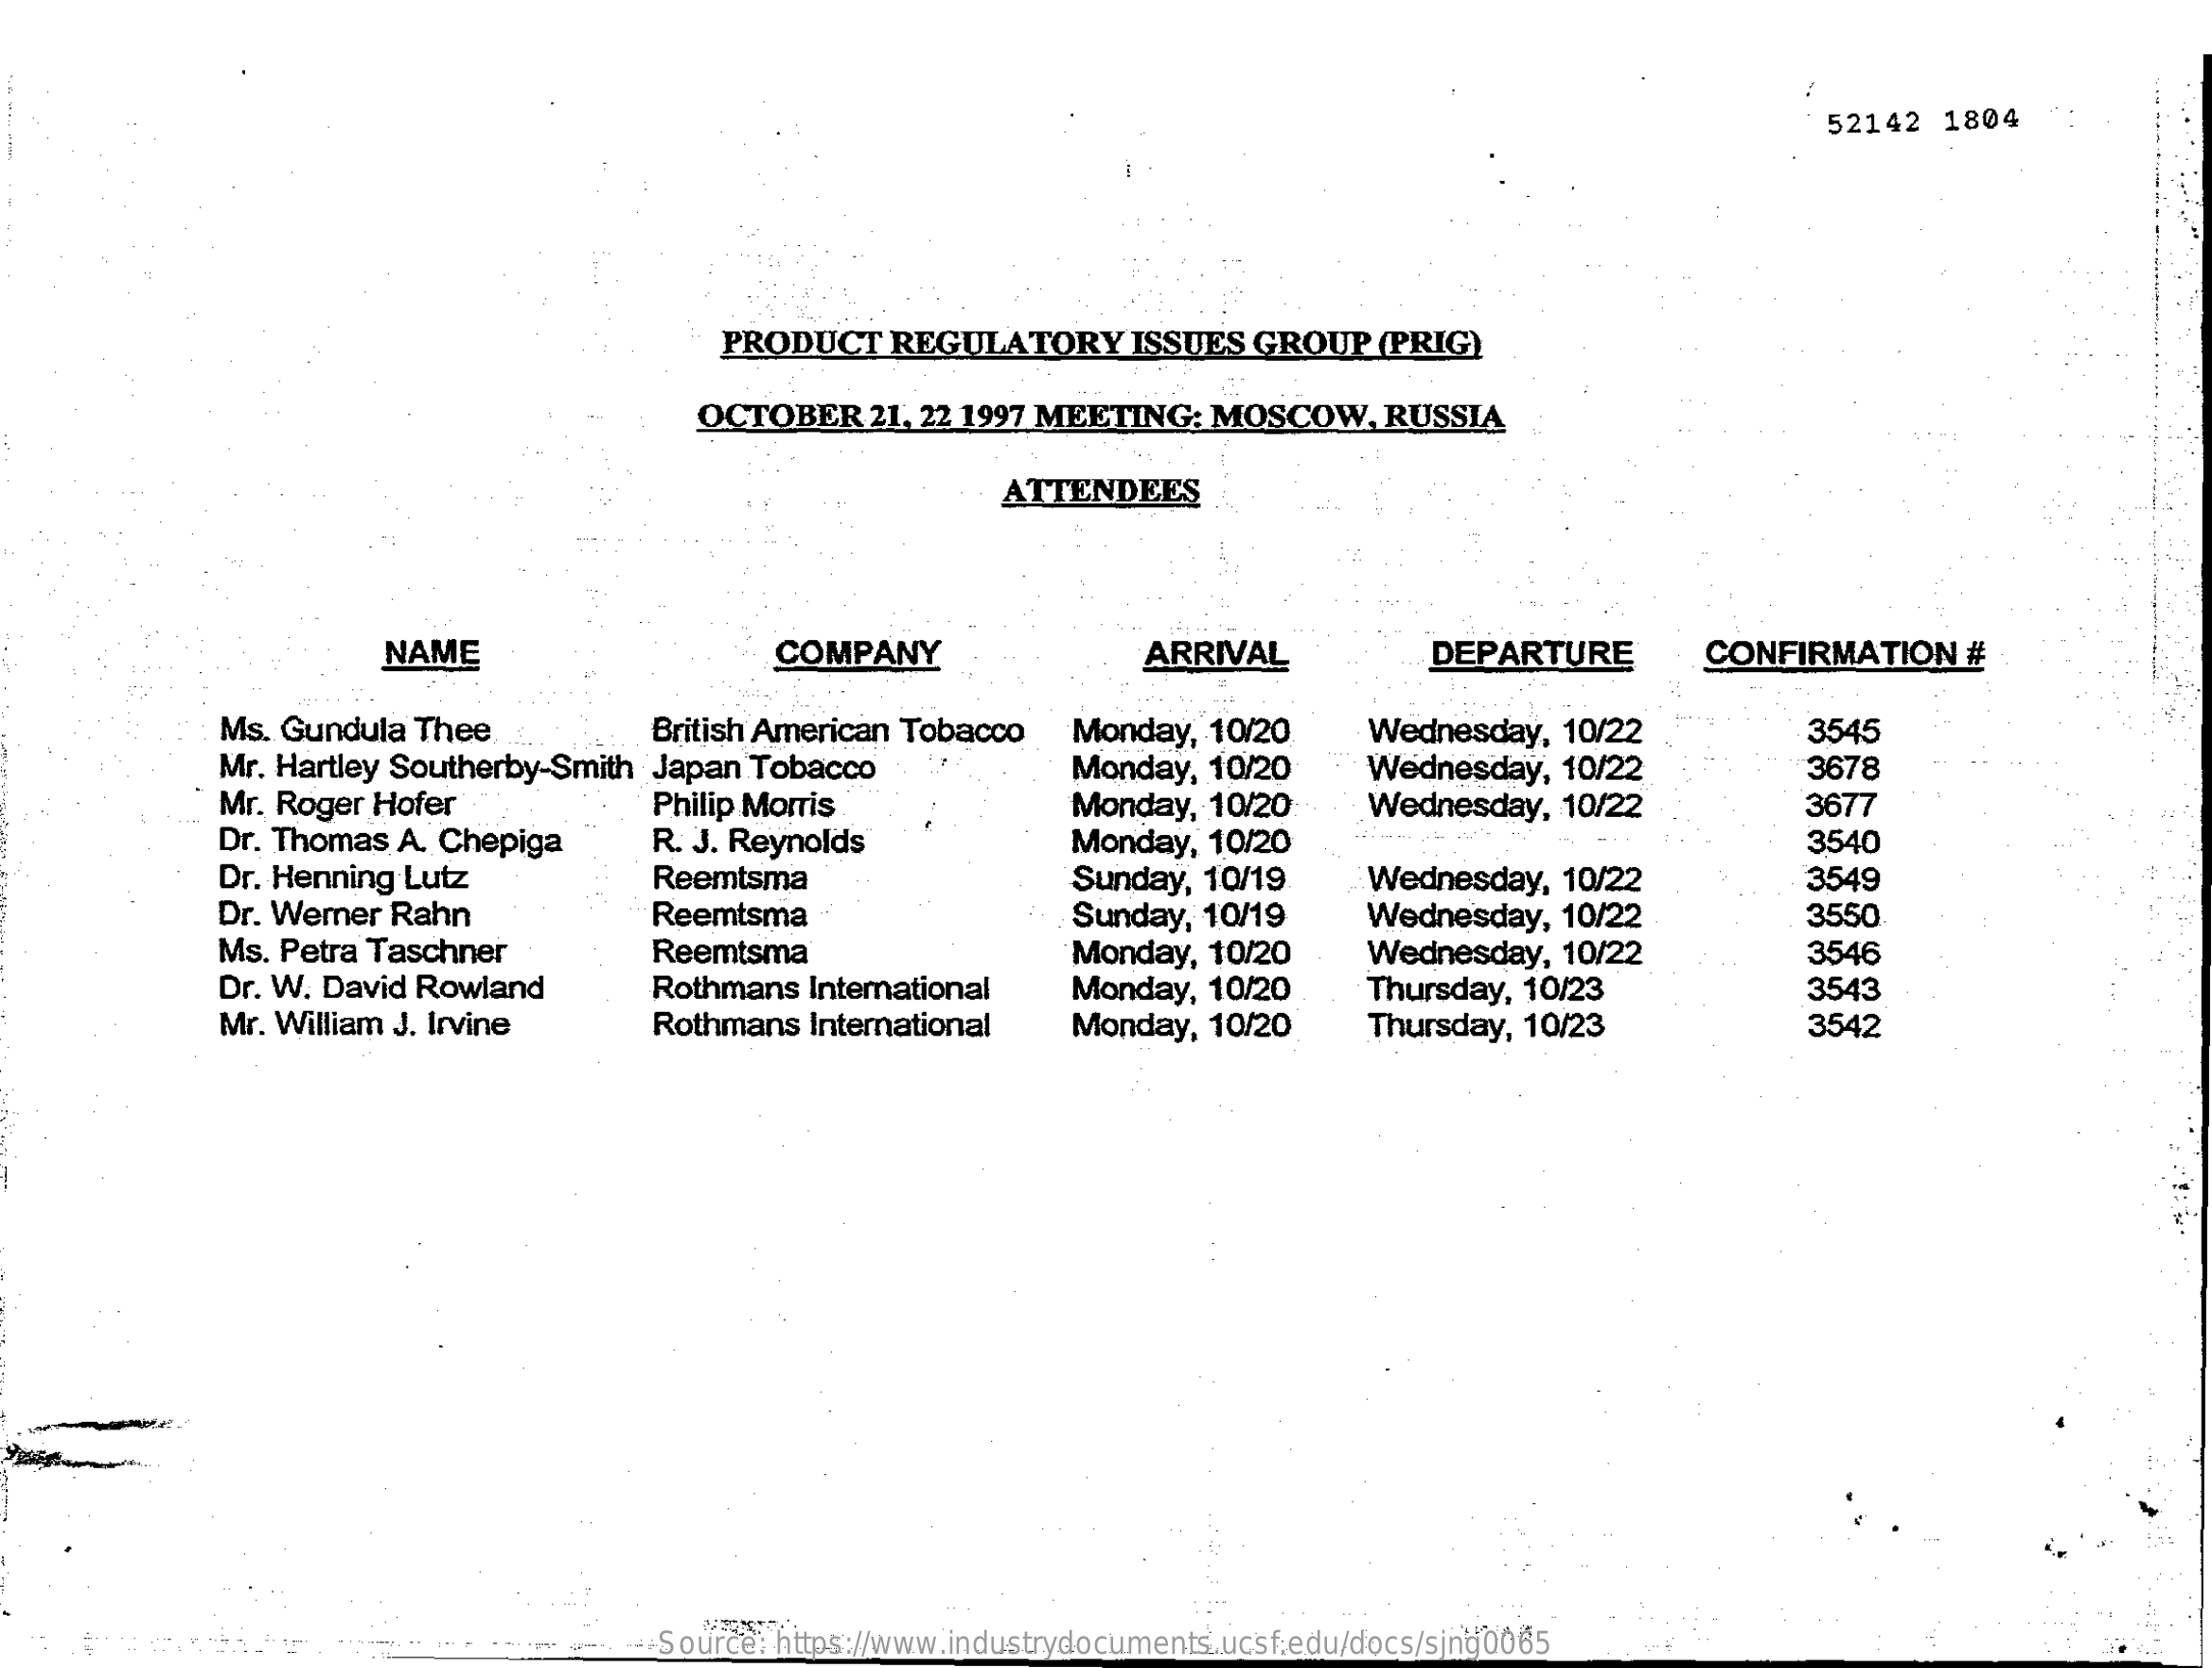
52142   1804
     PRODUCT    REGULATORY    ISSUES  GROUP   (PRIG)
     OCTOBER    21, 22 1997 MEETING:  MOSCOW,    RUSSIA
     ATTENDEES
     NAME    COMPANY    ARRIVAL    DEPARTURE    CONFIRMATION    #
     Ms. Gundula  Thee    British American Tobacco
     Mr. Hartley Southerby-Smith Japan  Tobacco
     Monday,  10/20    Wednesday,   10/22    3545
     Wednesday,   10/22
     Mr. Roger Hofer
     Monday,  10/20    3678
     Philip Morris    Monday,  10/20    Wednesday,   10/22    3677
     Dr. Thomas A. Chepiga
     Dr. Henning Lutz
     R. J. Reynolds    Monday,  10/20    3540
     Dr. Werner Rahn
     Reemtsma    Sunday,  10/19    Wednesday,   10/22    3549
     Reemtsma    Sunday,  10/19    Wednesday,  10/22    3550
     Ms. Petra Taschner    Reemtsma
     Rothmans  International
     Monday,  10/20    Wednesday,   10/22    3546
     Dr. W. David Rowland
     Mr. William J. Irvine    Rothmans   International
     Monday,  10/20
     Monday,  10/20
     Thursday, 10/23    3543
     Thursday, 10/23    3542
     Source: https://www.industrydocuments.ucsf.edu/docs/sjng0065